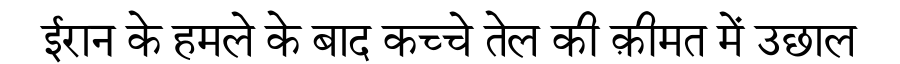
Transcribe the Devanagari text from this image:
ईरान के हमले के बाद कच्चे तेल की क़ीमत में उछाल